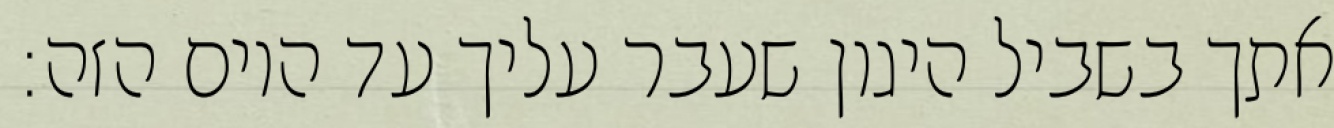
אתך בשביל היגון שעבר עליך עד היום הזה: